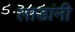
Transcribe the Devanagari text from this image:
लाडांनी